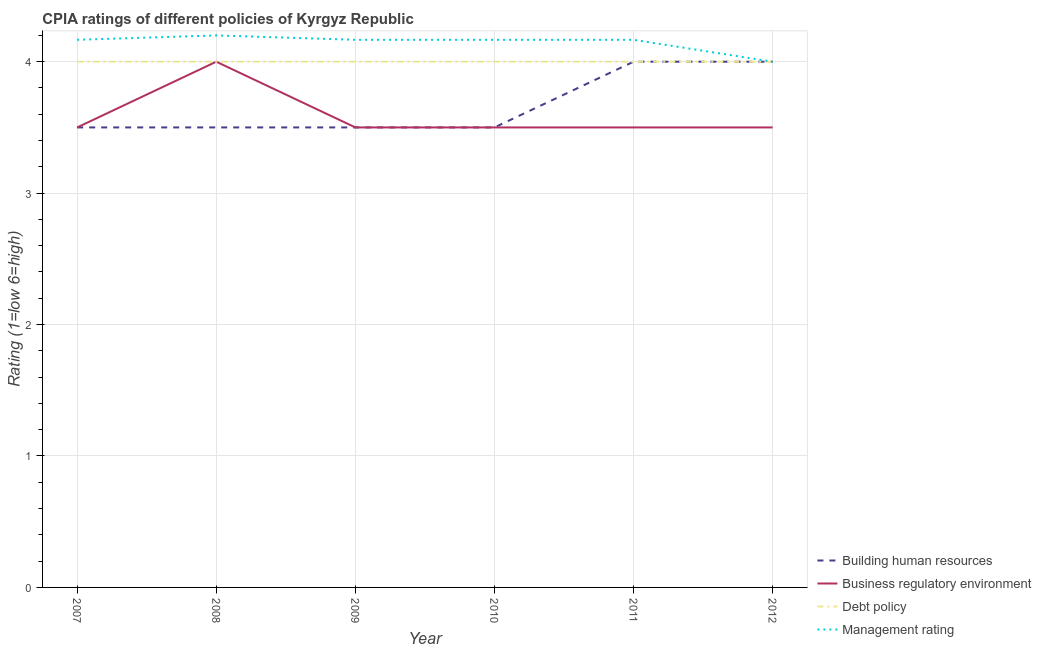
| Year | Building human resources | Business regulatory environment | Debt policy | Management rating |
 | --- | --- | --- | --- | --- |
 | 2007 | 3.5 | 3.5 | 4 | 4.17 |
 | 2008 | 3.5 | 4 | 4 | 4.2 |
 | 2009 | 3.5 | 3.5 | 4 | 4.17 |
 | 2010 | 3.5 | 3.5 | 4 | 4.17 |
 | 2011 | 4 | 3.5 | 4 | 4.17 |
 | 2012 | 4 | 3.5 | 4 | 4 |